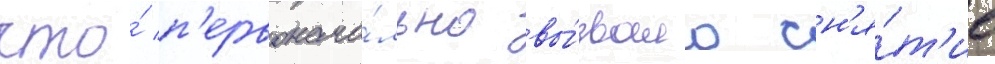
что́ п'ервонача́льно вы́звало сн'я́т'ие